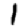
Digit: 1